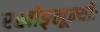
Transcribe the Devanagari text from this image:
रखोङ्लूम्योः